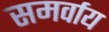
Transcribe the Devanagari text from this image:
समर्वाय